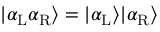
| \alpha _ { \mathrm { L } } \alpha _ { \mathrm { R } } \rangle = | \alpha _ { \mathrm { L } } \rangle | \alpha _ { \mathrm { R } } \rangle